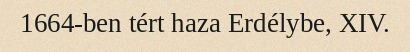
1664-ben tért haza Erdélybe, XIV.